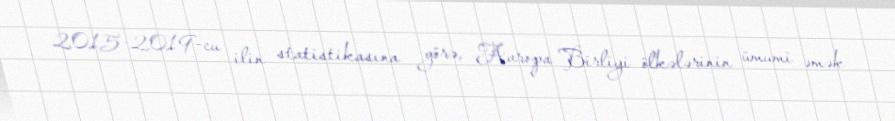
2015-2019-cu ilin statistikasına görə, Avropa Birliyi ölkələrinin ümumi əmək